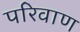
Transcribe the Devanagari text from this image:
परिवाण